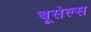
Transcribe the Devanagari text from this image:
बूसेल्स